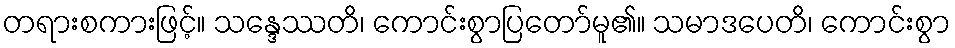
တရားစကားဖြင့်။ သန္ဒေဿတိ၊ ကောင်းစွာပြတော်မူ၏။ သမာဒပေတိ၊ ကောင်းစွာ